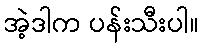
အဲ့ဒါက ပန်းသီးပါ။